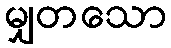
မျှတသော